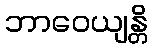
ဘာဝေယျန္တိ